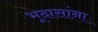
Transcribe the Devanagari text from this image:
भूदासांना